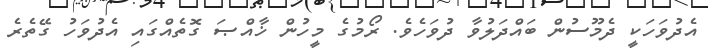
އެދުވަހަކީ ދެމޫސުން ބައްދަލުވާ ދުވަހެވެ. ރޯމުގެ މީހުން ޚާއްޞަ ގޮތެއްގައި އެދުވަހު ގޭތެރެ